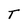
Character: T